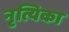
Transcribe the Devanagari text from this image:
नृत्यिका